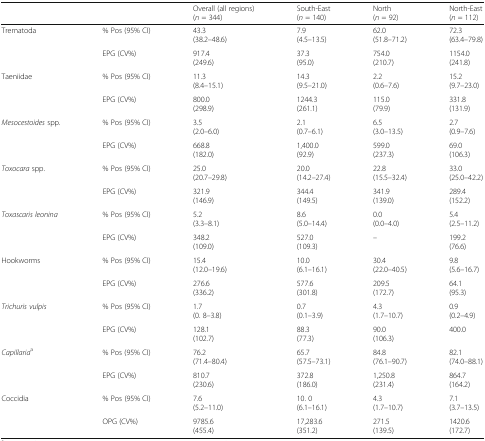
<table><thead><tr><td colspan="2"></td><td><b>Overall (all regions)(<i>n</i> = 344)</b></td><td><b>South-East(<i>n</i> = 140)</b></td><td><b>North(<i>n</i> = 92)</b></td><td><b>North-East(<i>n</i> = 112)</b></td></tr></thead><tbody><tr><td rowspan="2">Trematoda</td><td>% Pos (95% CI)</td><td>43.3(38.2–48.6)</td><td>7.9(4.5–13.5)</td><td>62.0(51.8–71.2)</td><td>72.3(63.4–79.8)</td></tr><tr><td>EPG (CV%)</td><td>917.4(249.6)</td><td>37.3(95.0)</td><td>754.0(210.7)</td><td>1154.0(241.8)</td></tr><tr><td rowspan="2">Taeniidae</td><td>% Pos (95% CI)</td><td>11.3(8.4–15.1)</td><td>14.3(9.5–21.0)</td><td>2.2(0.6–7.6)</td><td>15.2(9.7–23.0)</td></tr><tr><td>EPG (CV%)</td><td>800.0(298.9)</td><td>1244.3(261.1)</td><td>115.0(79.9)</td><td>331.8(131.9)</td></tr><tr><td rowspan="2"><i>Mesocestoides</i> spp.</td><td>% Pos (95% CI)</td><td>3.5(2.0–6.0)</td><td>2.1(0.7–6.1)</td><td>6.5(3.0–13.5)</td><td>2.7(0.9–7.6)</td></tr><tr><td>EPG (CV%)</td><td>668.8(182.0)</td><td>1,400.0(92.9)</td><td>599.0(237.3)</td><td>69.0(106.3)</td></tr><tr><td rowspan="2"><i>Toxocara</i> spp.</td><td>% Pos (95% CI)</td><td>25.0(20.7–29.8)</td><td>20.0(14.2–27.4)</td><td>22.8(15.5–32.4)</td><td>33.0(25.0–42.2)</td></tr><tr><td>EPG (CV%)</td><td>321.9(146.9)</td><td>344.4(149.5)</td><td>341.9(139.0)</td><td>289.4(152.2)</td></tr><tr><td rowspan="2"><i>Toxascaris leonina</i></td><td>% Pos (95% CI)</td><td>5.2(3.3–8.1)</td><td>8.6(5.0–14.4)</td><td>0.0(0.0–4.0)</td><td>5.4(2.5–11.2)</td></tr><tr><td>EPG (CV%)</td><td>348.2(109.0)</td><td>527.0(109.3)</td><td>–</td><td>199.2(76.6)</td></tr><tr><td rowspan="2">Hookworms</td><td>% Pos (95% CI)</td><td>15.4(12.0–19.6)</td><td>10.0(6.1–16.1)</td><td>30.4(22.0–40.5)</td><td>9.8(5.6–16.7)</td></tr><tr><td>EPG (CV%)</td><td>276.6(336.2)</td><td>577.6(301.8)</td><td>209.5(172.7)</td><td>64.1(95.3)</td></tr><tr><td rowspan="2"><i>Trichuris vulpis</i></td><td>% Pos (95% CI)</td><td>1.7(0. 8–3.8)</td><td>0.7(0.1–3.9)</td><td>4.3(1.7–10.7)</td><td>0.9(0.2–4.9)</td></tr><tr><td>EPG (CV%)</td><td>128.1(102.7)</td><td>88.3(77.3)</td><td>90.0(106.3)</td><td>400.0</td></tr><tr><td rowspan="2"><i>Capillaria</i><sup>a</sup></td><td>% Pos (95% CI)</td><td>76.2(71.4–80.4)</td><td>65.7(57.5–73.1)</td><td>84.8(76.1–90.7)</td><td>82.1(74.0–88.1)</td></tr><tr><td>EPG (CV%)</td><td>810.7(230.6)</td><td>372.8(186.0)</td><td>1,250.8(231.4)</td><td>864.7(164.2)</td></tr><tr><td rowspan="2">Coccidia</td><td>% Pos (95% CI)</td><td>7.6(5.2–11.0)</td><td>10. 0(6.1–16.1)</td><td>4.3(1.7–10.7)</td><td>7.1(3.7–13.5)</td></tr><tr><td>OPG (CV%)</td><td>9785.6(455.4)</td><td>17,283.6(351.2)</td><td>271.5(139.5)</td><td>1420.6(172.7)</td></tr></tbody></table>